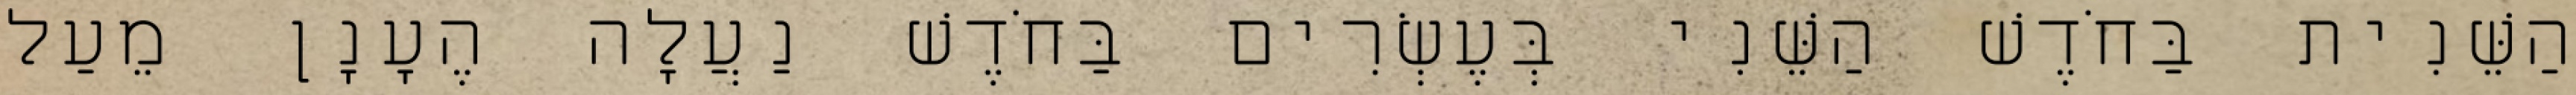
הַשֵּׁנִית בַּחֹדֶשׁ הַשֵּׁנִי בְּעֶשְׂרִים בַּחֹדֶשׁ נַעֲלָה הֶעָנָן מֵעַל